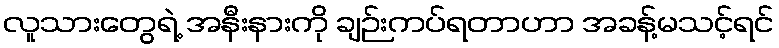
လူသားတွေရဲ့ အနီးနားကို ချဉ်းကပ်ရတာဟာ အခန့်မသင့်ရင်